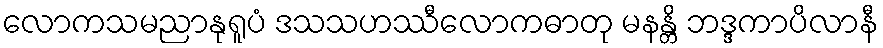
လောကသမညာနုရူပံ ဒသသဟဿီလောကဓာတု မနန္တိ ဘဒ္ဒကာပိလာနီ